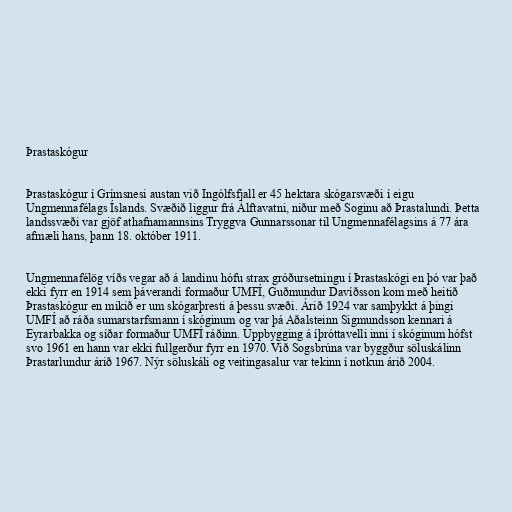
Þrastaskógur

Þrastaskógur í Grímsnesi austan við Ingólfsfjall er 45 hektara skógarsvæði í eigu
Ungmennafélags Íslands. Svæðið liggur frá Álftavatni, niður með Soginu að Þrastalundi. Þetta
landssvæði var gjöf athafnamannsins Tryggva Gunnarssonar til Ungmennafélagsins á 77 ára
afmæli hans, þann 18. október 1911.

Ungmennafélög víðs vegar að á landinu hófu strax gróðursetningu í Þrastaskógi en þó var það
ekki fyrr en 1914 sem þáverandi formaður UMFÍ, Guðmundur Davíðsson kom með heitið
Þrastaskógur en mikið er um skógarþresti á þessu svæði. Árið 1924 var samþykkt á þingi
UMFÍ að ráða sumarstarfsmann í skóginum og var þá Aðalsteinn Sigmundsson kennari á
Eyrarbakka og síðar formaður UMFÍ ráðinn. Uppbygging á íþróttavelli inni í skóginum hófst
svo 1961 en hann var ekki fullgerður fyrr en 1970. Við Sogsbrúna var byggður söluskálinn
Þrastarlundur árið 1967. Nýr söluskáli og veitingasalur var tekinn í notkun árið 2004.